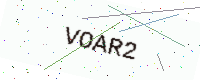
Text: VOAR2